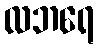
လဘရေ